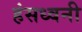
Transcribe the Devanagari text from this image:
हंसध्वनी